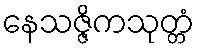
နေသဇ္ဇိကသုတ္တံ